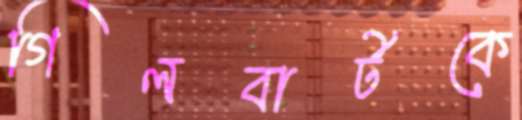
গিলবার্টকে